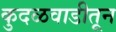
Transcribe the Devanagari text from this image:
कुदळवाडीतून